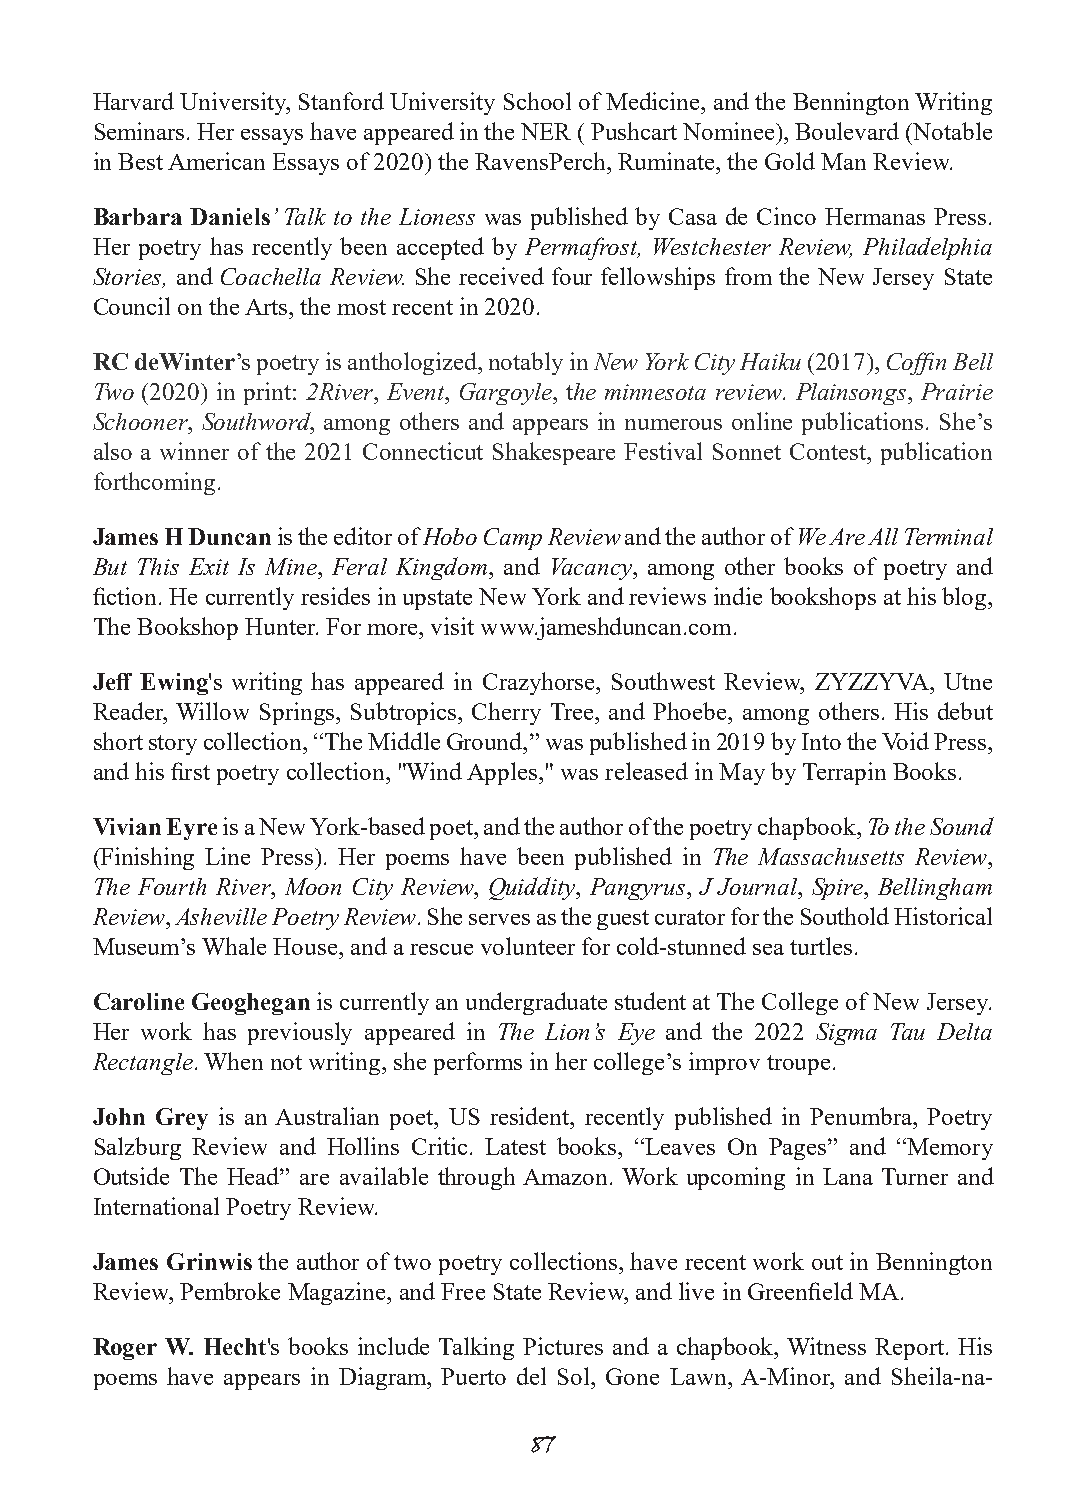
Harvard University, Stanford University School of Medicine, and the Bennington Writing
 Seminars. Her essays have appeared in the NER ( Pushcart Nominee), Boulevard (Notable
 in Best American Essays of 2020) the RavensPerch, Ruminate, the Gold Man Review.
 Barbara Daniels’ Talk to the Lioness was published by Casa de Cinco Hermanas Press.
 Her poetry has recently been accepted by Permafrost, Westchester Review, Philadelphia
 Stories, and Coachella Review. She received four fellowships from the New Jersey State
 Council on the Arts, the most recent in 2020.
 RC deWinter’s poetry is anthologized, notably in New York City Haiku (2017), Coffin Bell
 Two (2020) in print: 2River, Event, Gargoyle, the minnesota review. Plainsongs, Prairie
 Schooner, Southword, among others and appears in numerous online publications. She’s
 also a winner of the 2021 Connecticut Shakespeare Festival Sonnet Contest, publication
 forthcoming.
 James H Duncan is the editor of Hobo Camp Review and the author of We Are All Terminal
 But This Exit Is Mine, Feral Kingdom, and Vacancy, among other books of poetry and
 fiction. He currently resides in upstate New York and reviews indie bookshops at his blog,
 The Bookshop Hunter. For more, visit www.jameshduncan.com.
 Jeff Ewing's writing has appeared in Crazyhorse, Southwest Review, ZYZZYVA, Utne
 Reader, Willow Springs, Subtropics, Cherry Tree, and Phoebe, among others. His debut
 short story collection, “The Middle Ground,” was published in 2019 by Into the Void Press,
 and his first poetry collection, "Wind Apples," was released in May by Terrapin Books.
 Vivian Eyre is a New York-based poet, and the author of the poetry chapbook, To the Sound
 (Finishing Line Press). Her poems have been published in The Massachusetts Review,
 The Fourth River, Moon City Review, Quiddity, Pangyrus, J Journal, Spire, Bellingham
 Review, Asheville Poetry Review. She serves as the guest curator for the Southold Historical
 Museum’s Whale House, and a rescue volunteer for cold-stunned sea turtles.
 Caroline Geoghegan is currently an undergraduate student at The College of New Jersey.
 Her work has previously appeared in The Lion’s Eye and the 2022 Sigma Tau Delta
 Rectangle. When not writing, she performs in her college’s improv troupe.
 John Grey is an Australian poet, US resident, recently published in Penumbra, Poetry
 Salzburg Review and Hollins Critic. Latest books, “Leaves On Pages” and “Memory
 Outside The Head” are available through Amazon. Work upcoming in Lana Turner and
 International Poetry Review.
 James Grinwis the author of two poetry collections, have recent work out in Bennington
 Review, Pembroke Magazine, and Free State Review, and live in Greenfield MA.
 Roger W. Hecht's books include Talking Pictures and a chapbook, Witness Report. His
 poems have appears in Diagram, Puerto del Sol, Gone Lawn, A-Minor, and Sheila-na-
 87